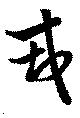
戎